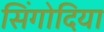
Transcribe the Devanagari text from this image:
सिंगोदिया